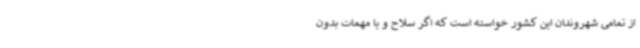
از تمامی شهروندان این کشور خواسته است که اگر سلاح و یا مهمات بدون